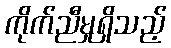
ကိုက်ညီမှုရှိသည့်